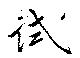
試